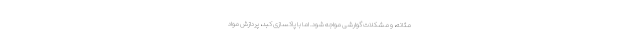
مثانه، و مشکلات گوارشی مواجه شود. اما با پاکسازی کبد، پردازش مواد